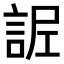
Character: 𧧫